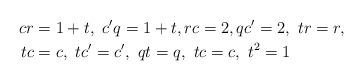
LaTeX: \begin{align*}cr & =1+t,\ c^{\prime}q=1+t,rc=2,qc^{\prime}=2, \ tr=r,\\tc & =c, \ tc^{\prime}=c^{\prime}, \ qt=q, \ tc=c, \ t^{2}=1\end{align*}